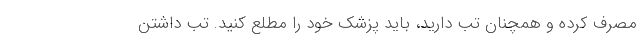
مصرف کرده و همچنان تب دارید، باید پزشک خود را مطلع کنید. تب داشتن